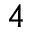
4